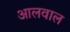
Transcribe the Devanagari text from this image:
आलवाल